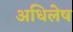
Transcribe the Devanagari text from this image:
अधिलेष